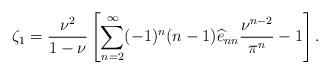
LaTeX: \begin{align*}\zeta_1 =\frac{\nu^2}{1-\nu} \left[ \sum_{n=2}^\infty (-1)^n (n-1)\widehat{e}_{nn} \frac{\nu^{n-2}}{\pi^n}-1\right]. \end{align*}